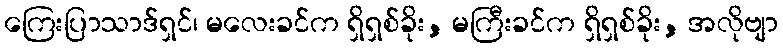
ကြေးပြာသာဒ်ရှင်၊ မလေးခင်က ရှိရှစ်ခိုး, မကြီးခင်က ရှိရှစ်ခိုး, အလိုဗျာ